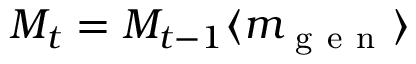
M _ { t } = M _ { t - 1 } \langle m _ { \mathrm { ~ g ~ e ~ n ~ } } \rangle